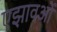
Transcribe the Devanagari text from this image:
एझावओं